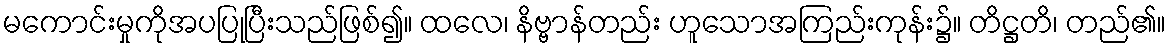
မကောင်းမှုကိုအပပြုပြီးသည်ဖြစ်၍။ ထလေ၊ နိဗ္ဗာန်တည်း ဟူသောအကြည်းကုန်း၌။ တိဋ္ဌတိ၊ တည်၏။